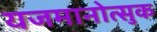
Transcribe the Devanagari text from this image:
यजमानोत्सुक